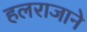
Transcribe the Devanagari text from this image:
हलराजाने